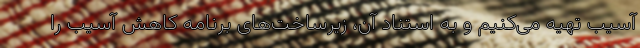
آسیب تهیه می‌‌کنیم و به استناد آن، زیرساخت‌‌های برنامه کاهش آسیب را